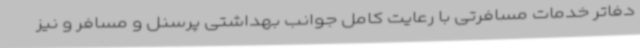
دفاتر خدمات مسافرتی با رعایت کامل جوانب بهداشتی پرسنل و مسافر و نیز